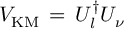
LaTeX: V _ { \mathrm { K M } } \, = \, U _ { l } ^ { \dagger } U _ { \nu }